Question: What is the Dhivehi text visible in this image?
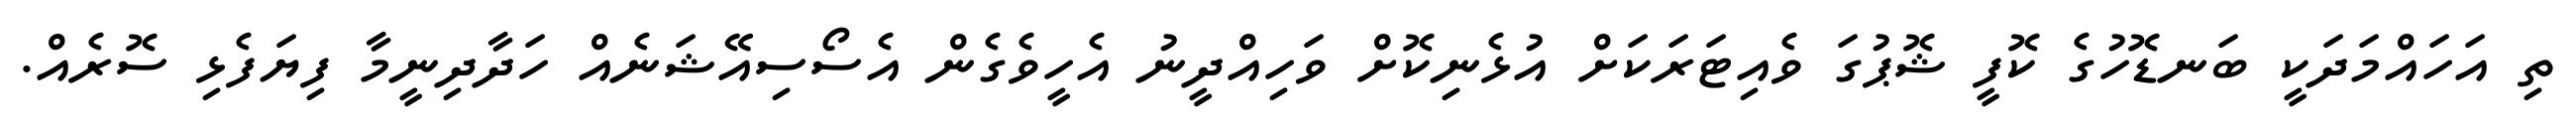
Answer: ތި އަހައްމަދަކީ ބަނޑޮހުގެ ކޮފީ ޝޮޕުގަ ވެއިޓަރަކަށް އުޅެނިކޮށް ވަހިއްދީނު އެހީވެގެން އެސޯސިއޭޝަނެއް ހަދާދިނީމާ ފިޔަފެޅި ސޮރެއް.